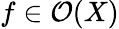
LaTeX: f\in{\mathcal{O}}(X)